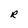
Character: R